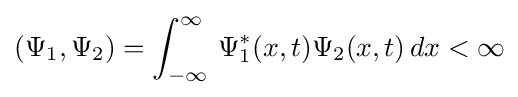
(\Psi _{1},\Psi _{2})=\int _{-\infty }^{\infty }\,\Psi _{1}^{*}(x,t)\Psi _{2}(x,t)\,dx<\infty